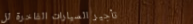
تأجير السيارات الفاخرة لل